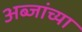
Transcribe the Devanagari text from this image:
अब्जांच्या